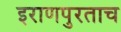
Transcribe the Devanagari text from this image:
इराणपुरताच